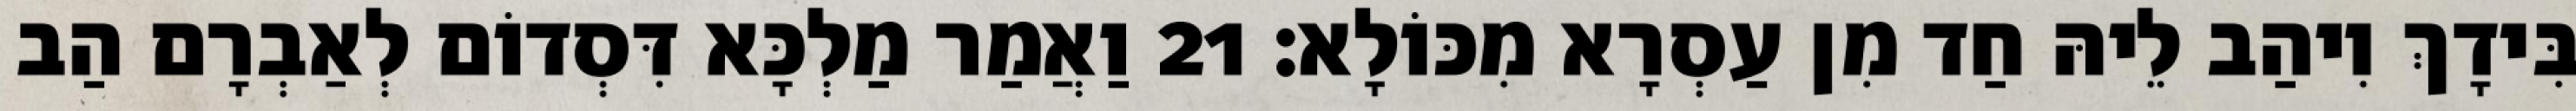
בִּידָךְ וִיהַב לֵיהּ חַד מִן עַסְרָא מִכּוֹלָא׃ 21 וַאֲמַר מַלְכָּא דִּסְדוֹם לְאַבְרָם הַב